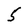
Character: 5